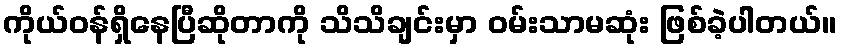
ကိုယ်ဝန်ရှိနေပြီဆိုတာကို သိသိချင်းမှာ ဝမ်းသာမဆုံး ဖြစ်ခဲ့ပါတယ်။